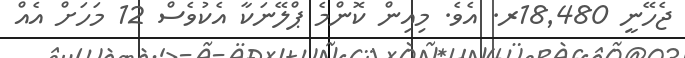
ޖެހޭނީ 18